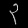
Digit: ၃